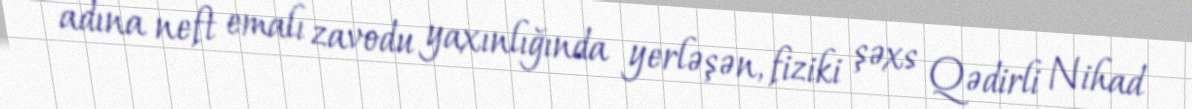
adına neft emalı zavodu yaxınlığında yerləşən, fiziki şəxs Qədirli Nihad